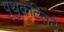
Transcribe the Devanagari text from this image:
पृथुकटितटे